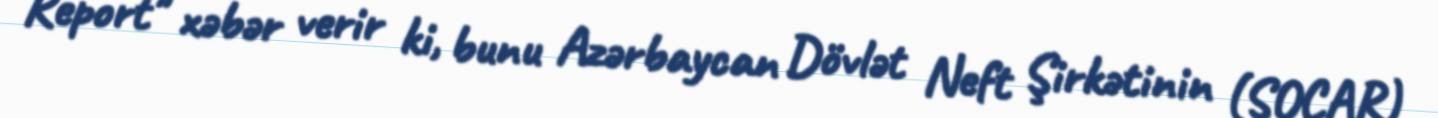
Report" xəbər verir ki, bunu Azərbaycan Dövlət Neft Şirkətinin (SOCAR)